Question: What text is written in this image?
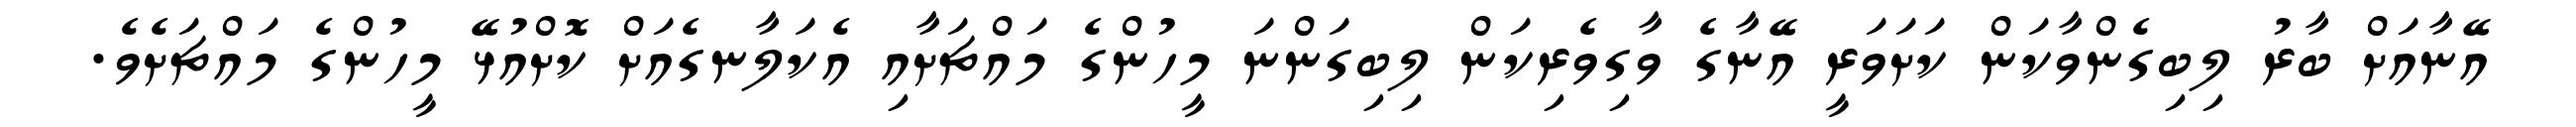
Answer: އޭނާއަށް ބާރު ލިބިގެންވާކަން ކަށަވަރީ އޭނާގެ ވާގިވެރިކަން ލިބިގަންނަ މީހުންގެ މައްޗަށާއި އެކަލާނގެއަށް ކޮށްއުޅޭ މީހުންގެ މައްޗަށެވެ.